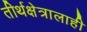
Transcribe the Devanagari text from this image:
तीर्थक्षेत्रालाही